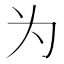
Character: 为